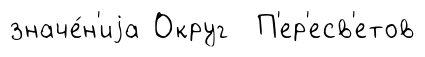
значе́н'иjа Округ П'ер'есв'етов